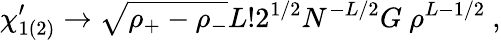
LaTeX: \chi_{1(2)}^{\prime}\rightarrow\sqrt{\rho_{+}-\rho_{-}}L!2^{1/2}N^{-L/2}G~\rho^{L-1/2}~,